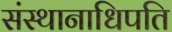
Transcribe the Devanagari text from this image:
संस्थानाधिपति